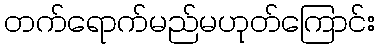
တက်ရောက်မည်မဟုတ်ကြောင်း